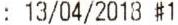
: 13/04/2018 #1